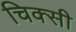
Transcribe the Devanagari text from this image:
चिक्सी